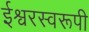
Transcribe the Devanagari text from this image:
ईश्वरस्वरूपी